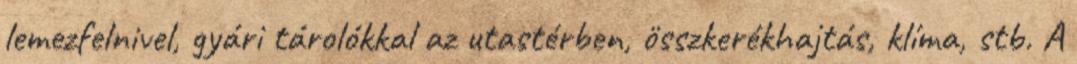
lemezfelnivel, gyári tárolókkal az utastérben, összkerékhajtás, klíma, stb. A